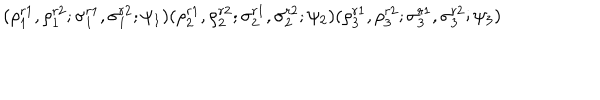
LaTeX: ( \rho _ { 1 } ^ { r 1 } , \rho _ { 1 } ^ { r 2 } ; \sigma _ { 1 } ^ { r 1 } , \sigma _ { 1 } ^ { r 2 } ; \psi _ { 1 } ) ( \rho _ { 2 } ^ { r 1 } , \rho _ { 2 } ^ { r 2 } ; \sigma _ { 2 } ^ { r 1 } , \sigma _ { 2 } ^ { r 2 } ; \psi _ { 2 } ) ( \rho _ { 3 } ^ { r 1 } , \rho _ { 3 } ^ { r 2 } ; \sigma _ { 3 } ^ { r 1 } , \sigma _ { 3 } ^ { r 2 } ; \psi _ { 3 } )